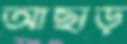
আছাড়